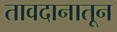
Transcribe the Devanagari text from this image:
तावदानातून